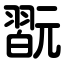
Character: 翫